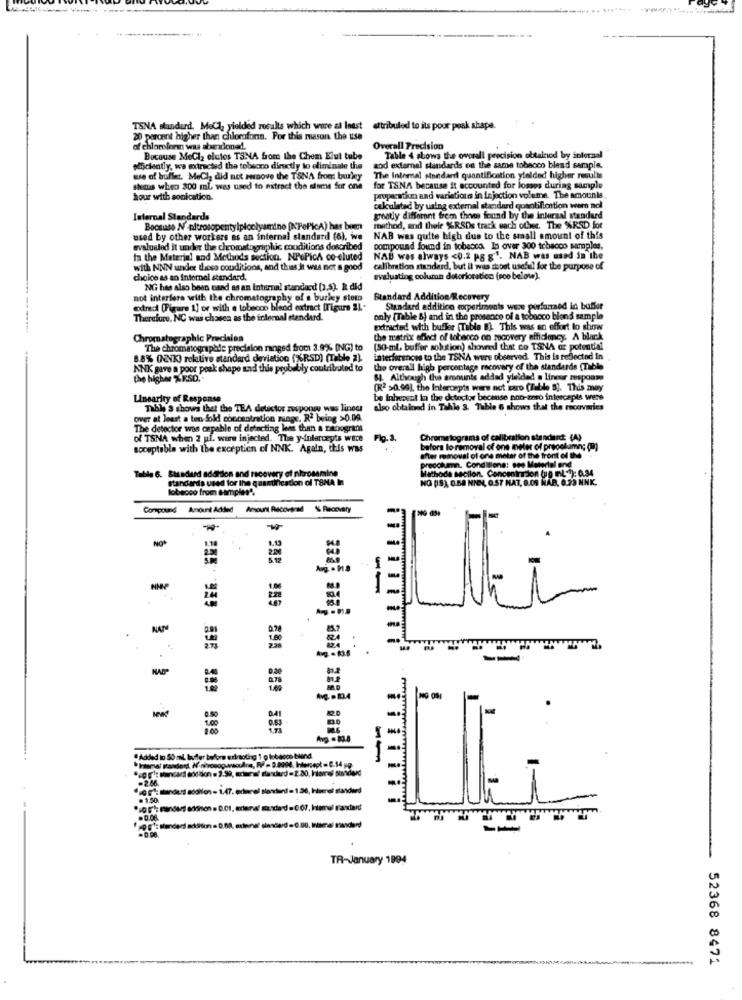
TSNA standard. Mell, yielded results which were at least
altribuled to its poor peak shape.
20 percent higher than chlorofonn. For this mason the use
of chlorolerin was abardoned.
Overall Precision
Because MeCl2 elatos TSNA from the Chem Elut tube
Table 4 sbows the overall precision obtained by anteraal
plficiently, we extracted the tobacco directly to eliminate the
aod external standards on the same tobacco blend sample.
use of buffer. MeChy did not senove the TSNA from burkey
The Internal standard quantification yielded higher results
shans when 300 ml was used to mitract the dome for one
for TSNA because it accounted for losses during sample
hour with sonication.
properati and variations in Injection volume. The amounts
skulated by using external standard quantification wern nol
Internal Standards
greatly different from theos found by the internal standard
Boomuso N' nitrosopentylploolyamino [N'PePicA) hes bien
method, and their %RSDs track each ofus. The %RSD for
used by other workers as an internal standard (6), we
NAB was quite high due to the small amount of this
evaluated it under the chromatographic conditions described
compound found in tobacco. In over 300 tobacco samples,
ta the Material and Methods section. NPePicA co-eluted
NAB was always <0.2 P8 8'. NAB was used in the
with NNN under these conditions, and this,It was not a good
calibration standard, but it was shost useful for the purpose of
choice as an internal standard,
evaluating column dotorioration (roo below).
NG has also been naad as an Internal standard (2.5). I did
not interfere with the chromatography of s burley stom
Standard Addition/Recovery
odrad (Figure 1] or with e tobecoo bland extract [Figure IL.
Standard additico experiments were pirforned id buffer
Therefore, NC was chosen as the internal standard.
only [Table &) and in the presence of a tobacco blond sample
Extracted with buffer [Table 8). This was an effort to show
Chromatographic Precision
the matrix effect of tobacco on recovery efficiency. A black
The chromatographie precision ranged from 3.9% (NG) to
(50-ml buffer solution) showed that co TSNA az potential
8.8% (NNK) relative standard deviation (%RSD) (Table 2).
interferences to the TSNA were observed. This is reflected In
ANK gave a poor peak shape and this probably contributed to
the overall high percentage recovery of the standards (Tablo
the higher %RSD.
54. Although the amounts added ylaidad a linear mapoare
(R2 >0.90), the Intercepts were not zaro (Table 5). This may
Linearity of Response
be inherent in the detector because
because non-zero intercepts were
Table S shows thet the TEA detector zusponwy was liness also obtained in Tahle 3. Table 6 shows that the recoveries
over at least a ten fold concentration mange. R. being >0.00.
The detector was capable of detecting less than a panogran
of TSNA when 2 pf. wire injected. The y-intercepts were
Fig. 3.
Chromatograms of calibration standard: (A)
soceptable with the exception cf NNK. Again, this was
bafora lo removal of one meler of precolumn; (B)
after removal of one meter of the front of the
Precokann. Conditions: seo Material en
Tyson (g ml-1): 0.34
Table 6. Standard addition and recovery of nhrosamine
standards used for the quantification of TSHA In
NG (S) 0.68 NNN, O.ST MAT, 0.09 HAB. 6.3
lithoda section. Concenirion (o
lobecco from samples".
Compound Amount Added Amount Recovered 16 Recevary
NO*
NNN
NAN
--
. Added to 50 ml. budler before adiraoting 1 g lobaoos band
dadolion= 1.47. edherel slandard = 1.20, Ilwerel standard
TR-January 1994
52368 8471